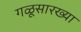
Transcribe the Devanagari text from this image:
गळूसारख्या